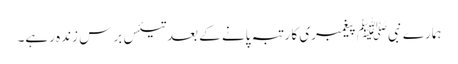
ہمارے نبیﷺ پیغمبری کا رتبہ پانے کے بعد تیئس برس زندہ رہے۔